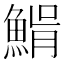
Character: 𩸠